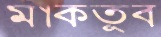
মাকতুব